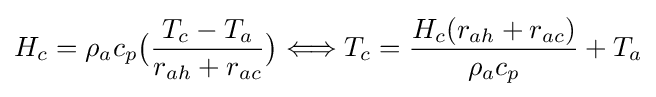
H_{c}={\rho _{a}c_{p}}{\bigl (}{\frac {T_{c}-T_{a}}{r_{ah}+r_{ac}}}{\bigr )}\Longleftrightarrow T_{c}={\frac {H_{c}(r_{ah}+r_{ac})}{\rho _{a}c_{p}}}+{T_{a}}